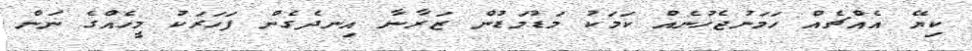
ކިޔޭ އެއްޗެއް ހަމަނުޖެހުނެއް ކަމަކު މަޑުމަޑުން ޒަރާނާ އިނދެގެން ފަހަރަކު މީހެއްގެ ނަން